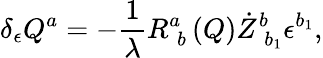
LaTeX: \delta_{\epsilon}Q^{a}=-\frac 1\lambda R_{\; b}^{a}\left(Q\right)\dot{Z}_{\; b_{1}}^{b}\epsilon^{b_{1}},